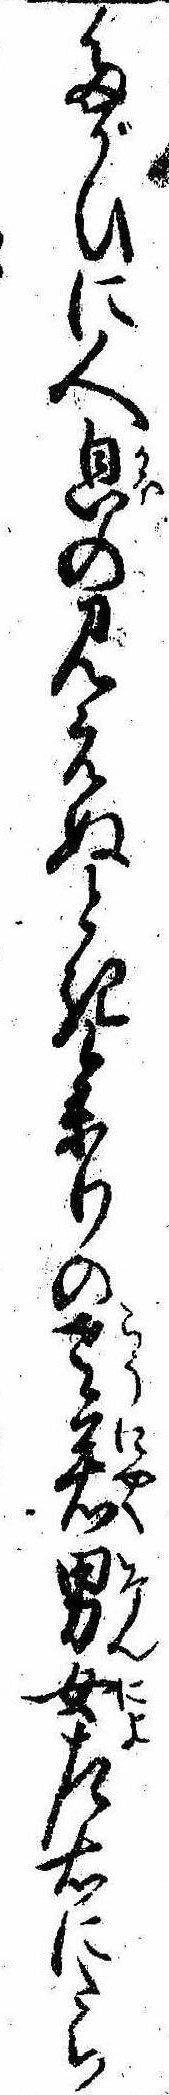
たがひに人㒵の見えぬとき参りの老若男女左右にたち